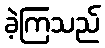
ခဲ့ကြသည်